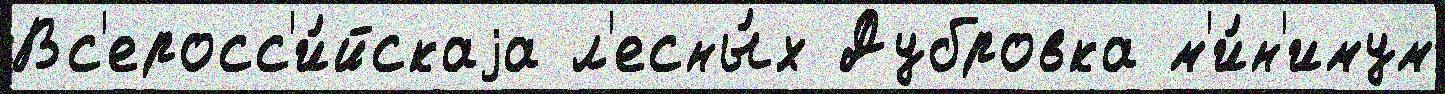
Вс'еросс'и́йскаjа л'есны́х Дубровка м'и́н'имум